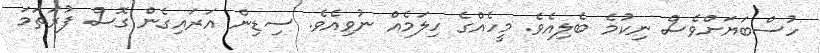
ހުސްބަޔަށްވެސް ނިކުމެ ބެލިއެވެ. މީހެއްގެ ހިލަމެއް ނުވިއެވެ. ސިޑިން އަރައިގެން ގޮސް ފުރަތަމަ